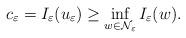
LaTeX: \begin{align*}c_\varepsilon=I_\varepsilon(u_\varepsilon)\geq \inf\limits_{w\in \mathcal{N}_\varepsilon}I_\varepsilon(w).\end{align*}